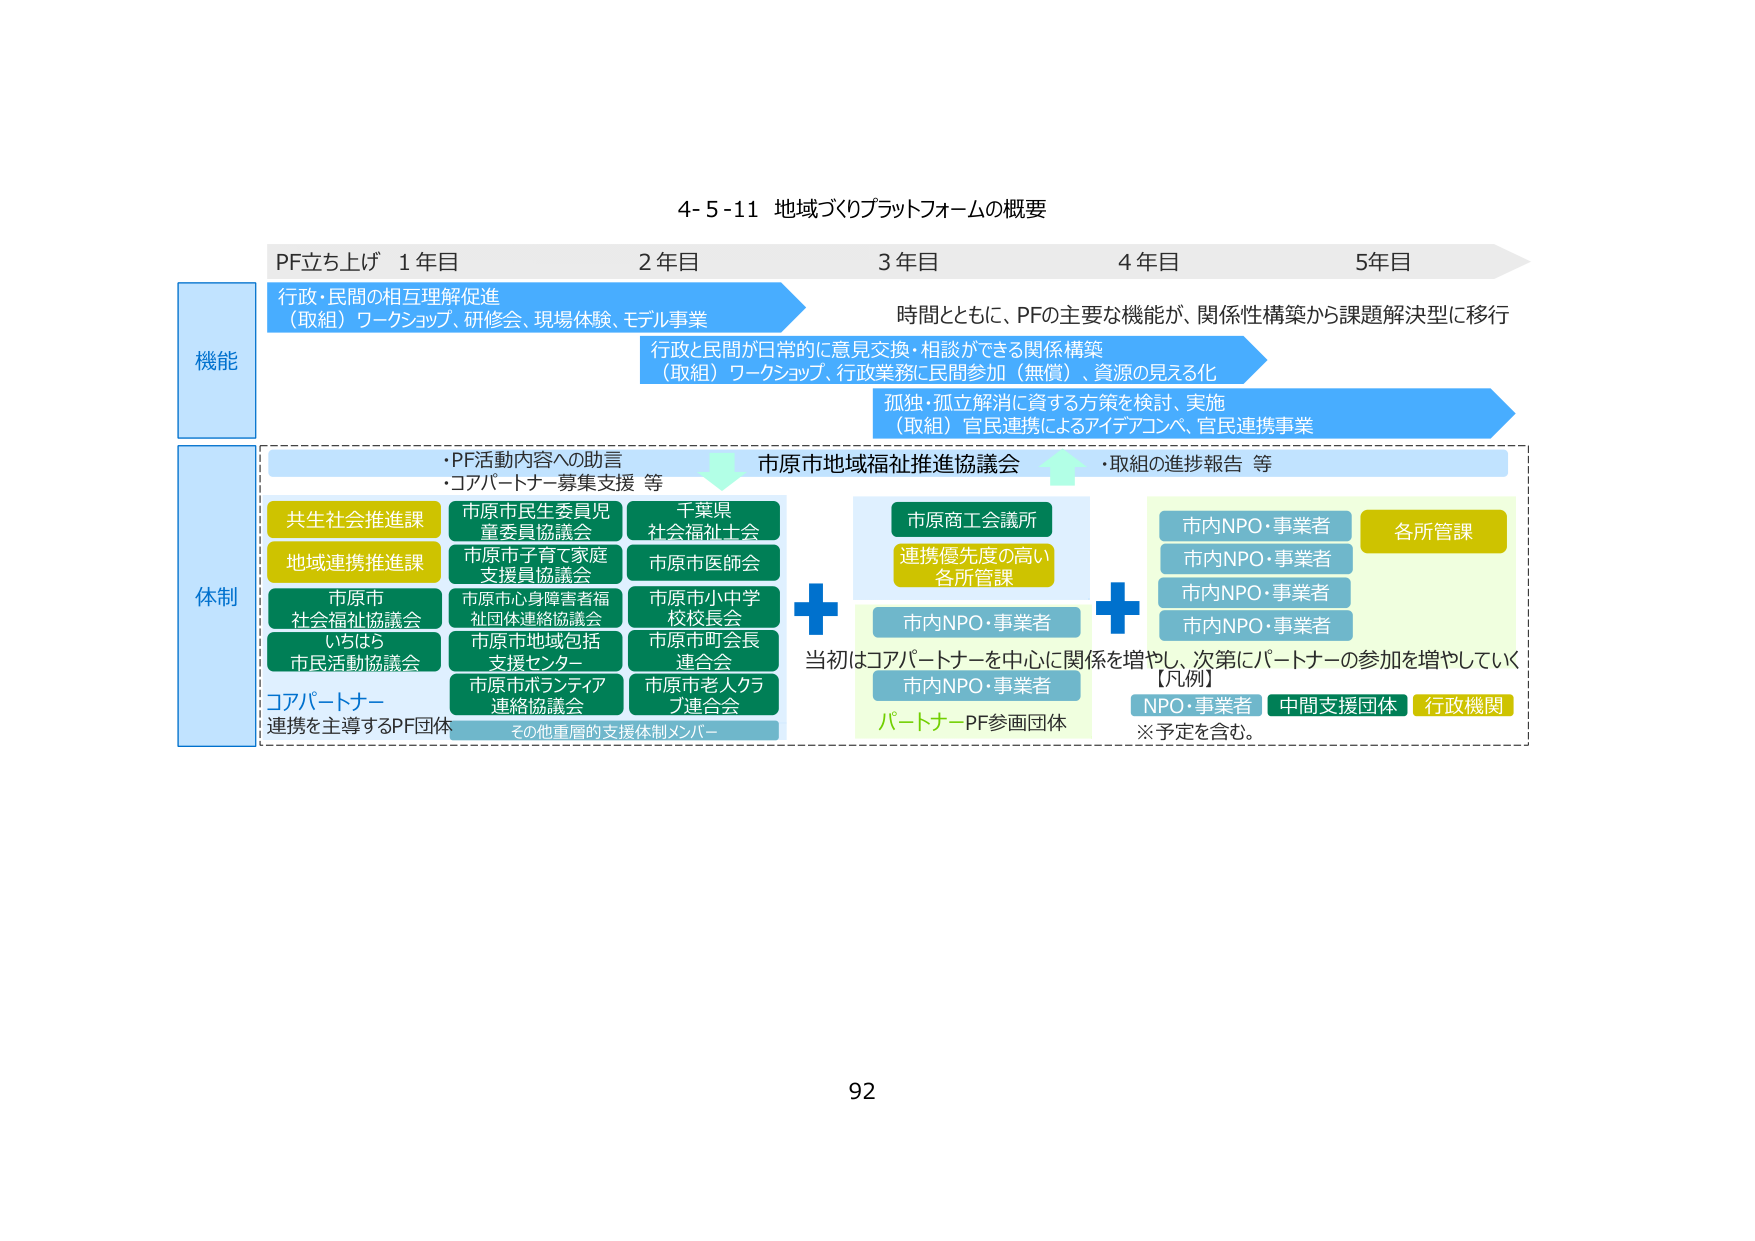
4-5-11 地域づくりプラットフォームの概要

PF立ち上げ 1年目 2年目 3年目 4年目 5年目

機能
行政・民間の相互理解促進
（取組）ワークショップ、研修会、現場体験、モデル事業

時間とともに、PFの主要な機能が、関係性構築から課題解決型に移行

行政と民間が日常的に意見交換・相談ができる関係構築
（取組）ワークショップ、行政業務に民間参加（無償）、資源の見える化

孤独・孤立解消に資する方策を検討、実施
（取組）官民連携によるアイデアコンペ、官民連携事業

体制
・PF活動内容への助言
・コアパートナー募集支援 等

市原市地域福祉推進協議会
・取組の進捗報告 等

共生社会推進課
地域連携推進課
市原市社会福祉協議会
いちばら市民活動協議会
コアパートナー
連携を主導するPF団体

市原市民生委員児童委員協議会
市原市子育て家庭支援員協議会
市原市心身障害者福祉団体連絡協議会
市原市地域包括支援センター
市原市ボランティア連絡協議会
その他重層的支援体制メンバー

千葉県社会福祉士会
市原市医師会
市原市小中学校校長会
市原市町会長連合会
市原市老人クラブ連合会

市原商工会議所
連携優先度の高い各所管課

市内NPO・事業者
市内NPO・事業者
市内NPO・事業者
市内NPO・事業者

各所管課

＋
＋

当初はコアパートナーを中心に関係を増やし、次第にパートナーの参加を増やしていく

【凡例】
NPO・事業者 中間支援団体 行政機関
※予定を含む。

パートナーPF参画団体

市内NPO・事業者

92